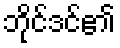
ဘိုင်ဒင်၏